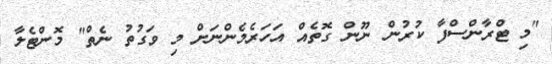
"މި ޓްރާންސްފާ ކުރުން ނޫން ގޮތެއް އަހަރެމެންނަށް މި ވަގުތު ނެތް" މޮންޓެލާ